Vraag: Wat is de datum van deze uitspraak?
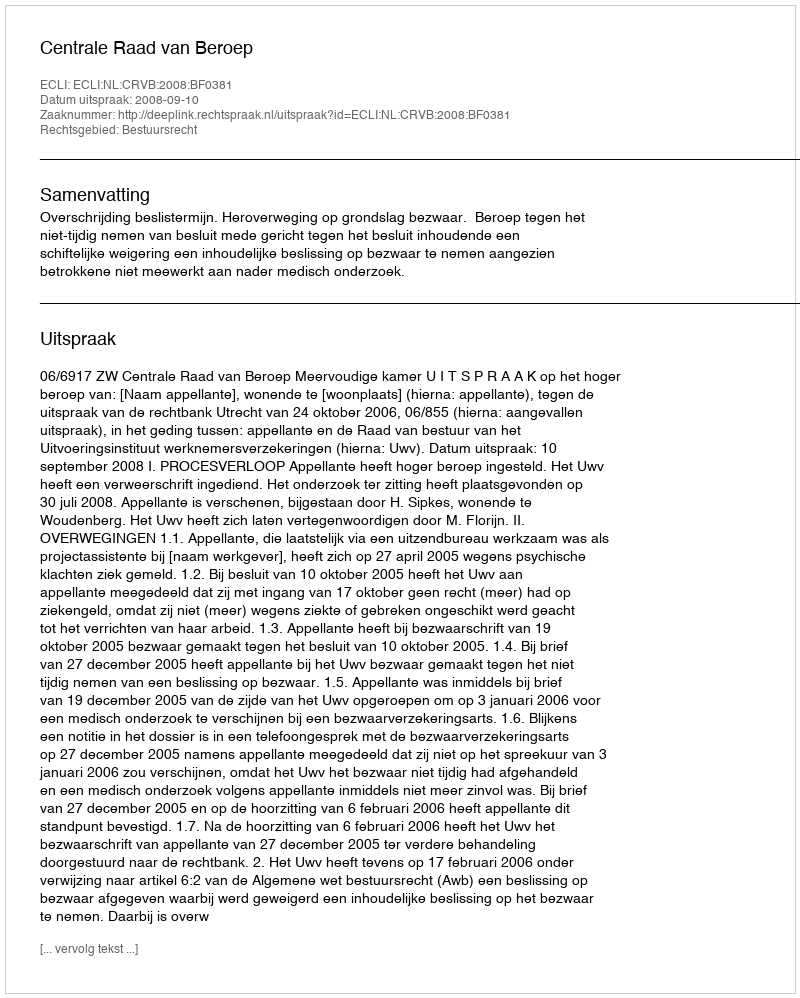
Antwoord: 2008-09-10